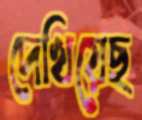
দেখিয়েছ